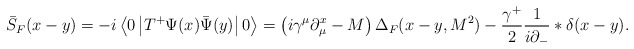
\begin{align*}\bar{S}_F(x-y) = - i\left\langle 0 \left| T^{+} \Psi(x)\bar{\Psi}(y)\right| 0 \right\rangle = \left( i\gamma^\mu\partial_\mu^{x} - M\right) \Delta_F(x-y,M^2) - \frac{\gamma^{+}}{2}\frac{1}{i\partial_{-}}* \delta(x-y).\end{align*}